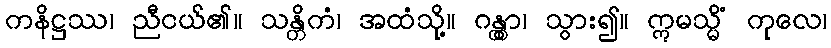
ကနိဋ္ဌဿ၊ ညီငယ်၏။ သန္တိကံ၊ အထံသို့။ ဂန္တွာ၊ သွား၍။ ဣမသ္မိံ ကုလေ၊